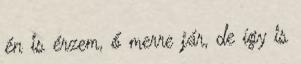
én is érzem, ő merre jár, de így is